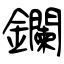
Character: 鑭